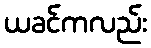
ယခင်ကလည်း